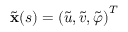
\tilde { \mathbf { x } } ( s ) = \left( \tilde { u } , \tilde { v } , \tilde { \varphi } \right) ^ { T }